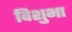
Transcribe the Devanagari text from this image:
विशुभा